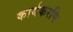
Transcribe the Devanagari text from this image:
कार्यकरणि